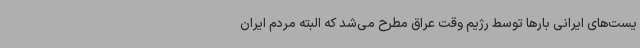
یست‌های ایرانی بارها توسط رژیم وقت عراق مطرح می‌شد که البته مردم ایران